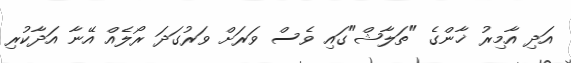
އަދި އާމިރު ޚާންގެ "ތަލާޝް"ގައި ވެސް ވަރަށް ވަރުގަދަ ރޯލެއް އޭނާ އަދާކުރި